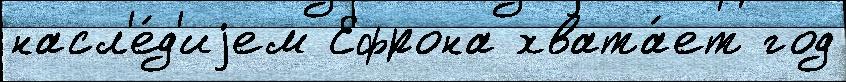
насл'е́д'иjем Ефрона хвата́ет год